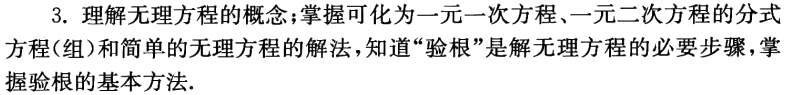
3. 理解无理方程的概念;掌握可化为一元一次方程、一元二次方程的分式方程(组)和简单的无理方程的解法，知道“验根”是解无理方程的必要步骤，掌